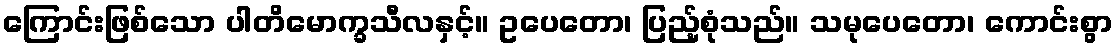
ကြောင်းဖြစ်သော ပါတိမောက္ခသီလနှင့်။ ဥပေတော၊ ပြည့်စုံသည်။ သမုပေတော၊ ကောင်းစွာ